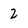
Character: 2